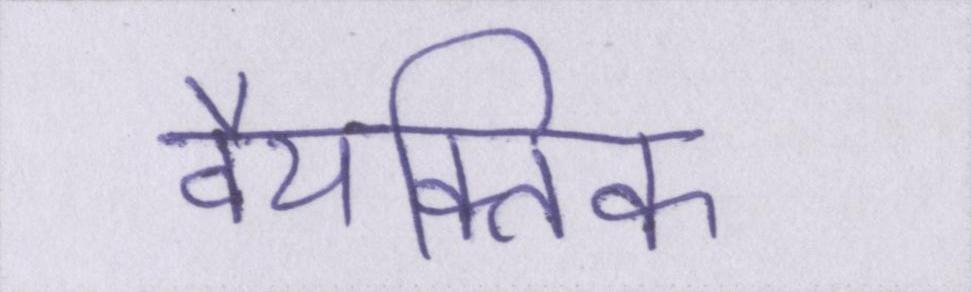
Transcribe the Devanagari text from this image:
वैयक्तिक